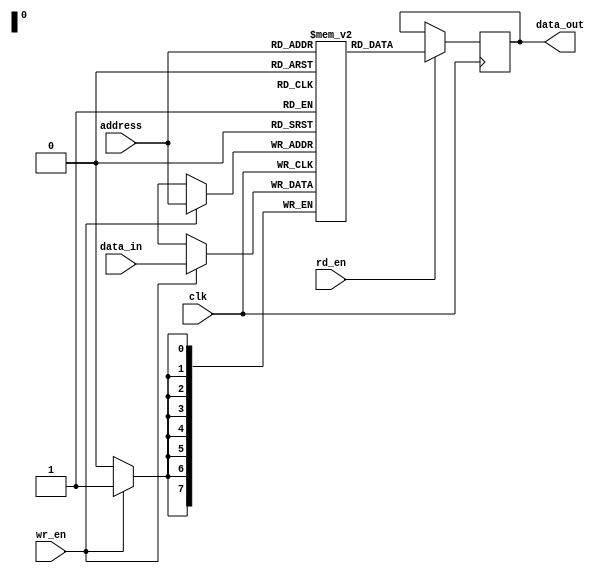
module dual_port_ram (
  input wire clk,
  input wire [7:0] address,
  input wire [7:0] data_in,
  input wire rd_en,
  input wire wr_en,
  output reg [7:0] data_out
);

reg [7:0] ram [0:255];

always @(posedge clk) begin
  if (rd_en) begin
    data_out <= ram[address];
  end
  if (wr_en) begin
    ram[address] <= data_in;
  end
end

endmodule